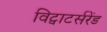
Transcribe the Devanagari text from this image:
विट्वाटर्सरेंड